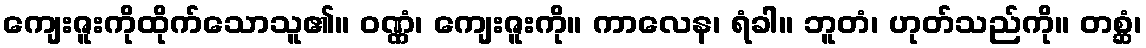
ကျေးဇူးကိုထိုက်သောသူ၏။ ဝဏ္ဏံ၊ ကျေးဇူးကို။ ကာလေန၊ ရံခါ။ ဘူတံ၊ ဟုတ်သည်ကို။ တစ္ဆံ၊